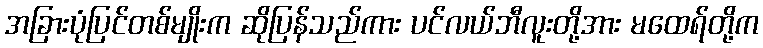
အခြားပုံပြင်တစ်မျိုးက ဆိုပြန်သည်ကား ပင်လယ်ဘီလူးတို့အား မထေရ်တို့က